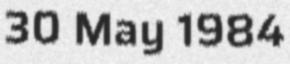
30 May 1984